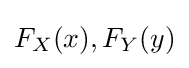
F_{X}(x),F_{Y}(y)